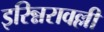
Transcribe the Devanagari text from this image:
इरिन्नरावल्ली